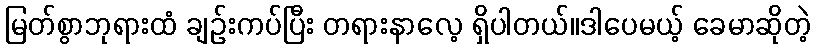
မြတ်စွာဘုရားထံ ချဉ်းကပ်ပြီး တရားနာလေ့ ရှိပါတယ်။ဒါပေမယ့် ခေမာဆိုတဲ့